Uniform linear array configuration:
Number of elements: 8
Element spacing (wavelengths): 0.5
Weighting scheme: blackman
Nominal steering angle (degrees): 60
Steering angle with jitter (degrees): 59.501
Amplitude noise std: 0.05
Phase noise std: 0.05

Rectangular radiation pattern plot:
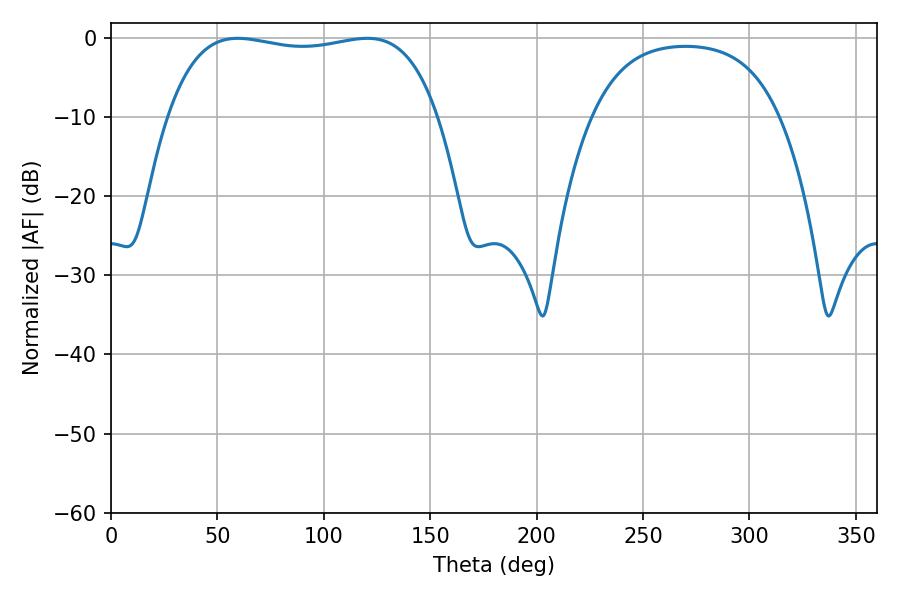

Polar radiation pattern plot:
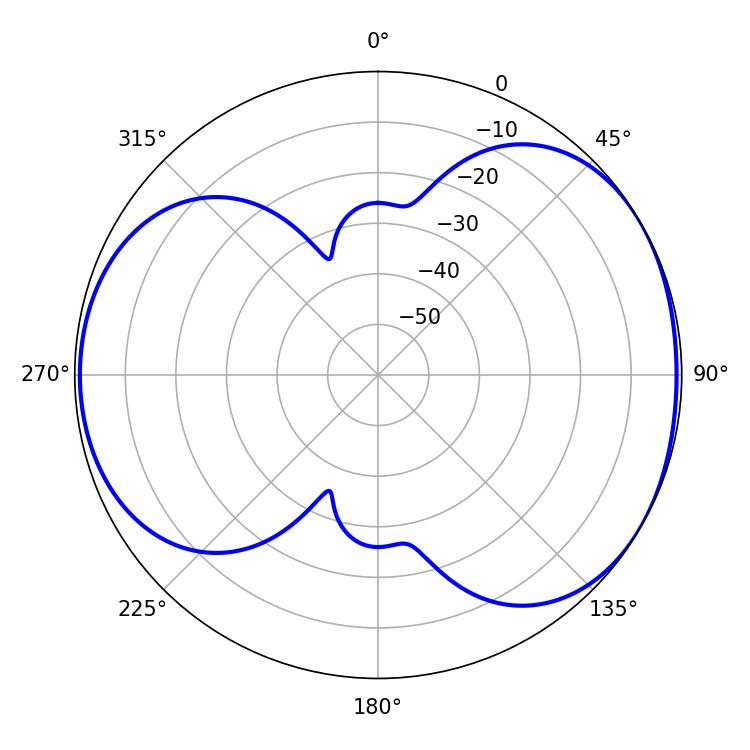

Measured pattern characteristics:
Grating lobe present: FALSE
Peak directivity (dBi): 4.849
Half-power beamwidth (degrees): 101.88
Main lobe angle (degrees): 59.58